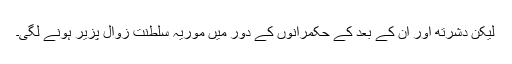
لیکن دشرتھ اور ان کے بعد کے حکمرانوں کے دور میں موریہ سلطنت زوال پزیر ہونے لگی۔